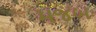
મજબ